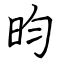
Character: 昀